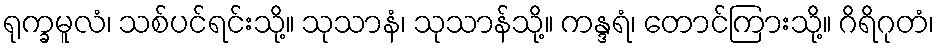
ရုက္ခမူလံ၊ သစ်ပင်ရင်းသို့။ သုသာနံ၊ သုသာန်သို့။ ကန္ဒရံ၊ တောင်ကြားသို့။ ဂိရိဂုတံ၊